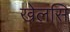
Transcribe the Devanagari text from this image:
खेलसि